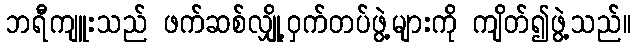
ဘရီကျူးသည် ဖက်ဆစ်လျှို့ဝှက်တပ်ဖွဲ့များကို ကျိတ်၍ဖွဲ့သည်။